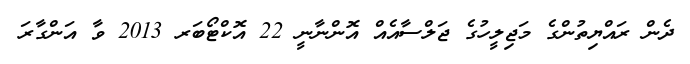
ދެން ރައްޔިތުންގެ މަޖިލީހުގެ ޖަލްސާއެއް އޮންނާނީ 22 އޮކްޓޯބަރ 2013 ވާ އަންގާރަ